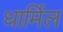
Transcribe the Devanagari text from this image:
धार्मिल